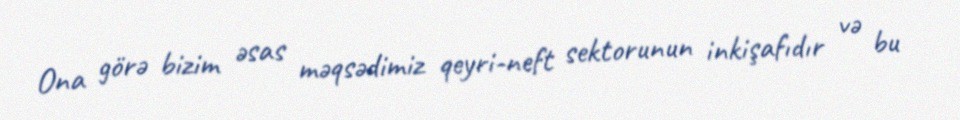
Ona görə bizim əsas məqsədimiz qeyri-neft sektorunun inkişafıdır və bu